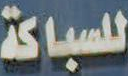
للسباكة